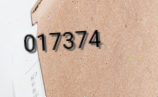
017374